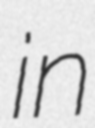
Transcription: in